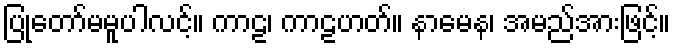
ပြုတော်မမူပါလင့်။ ကာဠ၊ ကာဠဟတ်။ နာမေန၊ အမည်အားဖြင့်။